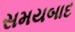
સમયબાદ